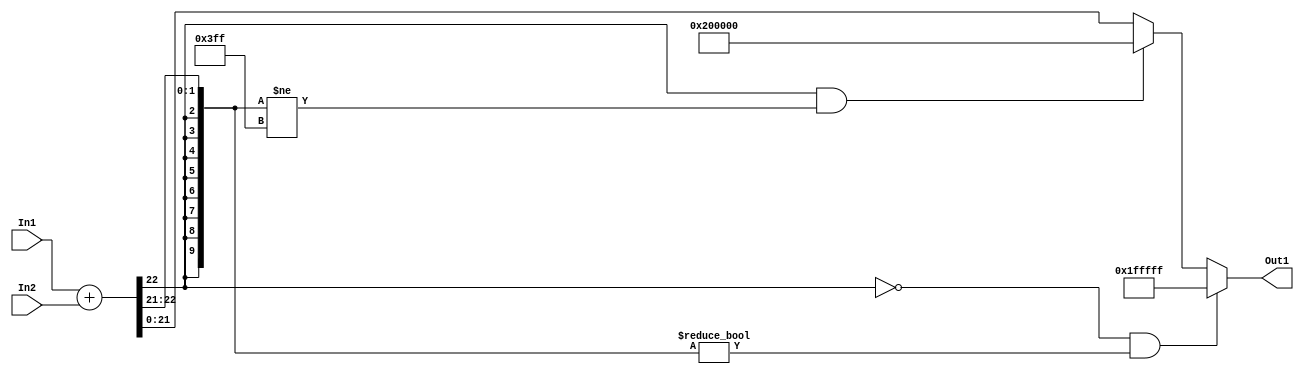
// -------------------------------------------------------------
// 
// 
// Generated by MATLAB 9.14 and HDL Coder 4.1
// 
// -------------------------------------------------------------


// -------------------------------------------------------------
// 
// Module: sumb12_1_block
// Source Path: FP_sub/fp model/FIR_section_2/sumb12_1
// Hierarchy Level: 2
// 
// -------------------------------------------------------------

`timescale 1 ns / 1 ns

module sumb12_1_block
          (In2,
           In1,
           Out1);


  input   signed [21:0] In2;  // sfix22_En14
  input   signed [21:0] In1;  // sfix22_En14
  output  signed [21:0] Out1;  // sfix22_En14


  wire signed [31:0] sumb12_add_cast;  // sfix32_En14
  wire signed [31:0] sumb12_add_cast_1;  // sfix32_En14
  wire signed [31:0] sumb12_add_temp;  // sfix32_En14
  wire signed [21:0] sumb12_out1;  // sfix22_En14


  assign sumb12_add_cast = {{10{In1[21]}}, In1};
  assign sumb12_add_cast_1 = {{10{In2[21]}}, In2};
  assign sumb12_add_temp = sumb12_add_cast + sumb12_add_cast_1;
  assign sumb12_out1 = ((sumb12_add_temp[31] == 1'b0) && (sumb12_add_temp[30:21] != 10'b0000000000) ? 22'sb0111111111111111111111 :
              ((sumb12_add_temp[31] == 1'b1) && (sumb12_add_temp[30:21] != 10'b1111111111) ? 22'sb1000000000000000000000 :
              $signed(sumb12_add_temp[21:0])));



  assign Out1 = sumb12_out1;

endmodule  // sumb12_1_block